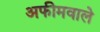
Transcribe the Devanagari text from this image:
अफीमवाले